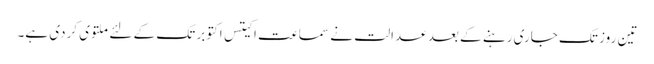
تین روز تک جاری رہنے کے بعد عدالت نے سماعت اکیتس اکتوبر تک کے لئے ملتوی کردی ہے۔